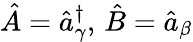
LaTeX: \hat{A}=\hat{a}_{\gamma}^{\dagger},\, \hat{B}=\hat{a}_{\beta}